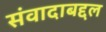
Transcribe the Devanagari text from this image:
संवादाबद्दल